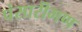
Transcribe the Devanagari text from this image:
पंसारीगण